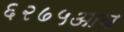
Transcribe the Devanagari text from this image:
६२७५आय